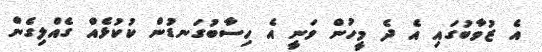
އެ ޒުވާބުގައި އެ ދެ މީހުން ވަނީ އެ ހިސާބުގަނޑުން ކުކުޅެއް ގެއްލިގެން